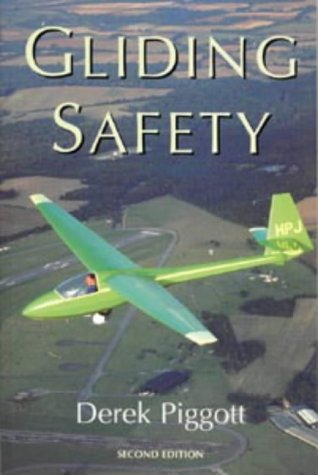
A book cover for Gliding Safety (2nd ed); Derek Piggott; Sports & Outdoors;